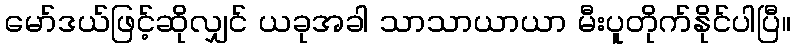
မော်ဒယ်ဖြင့်ဆိုလျှင် ယခုအခါ သာသာယာယာ မီးပူတိုက်နိုင်ပါပြီ။